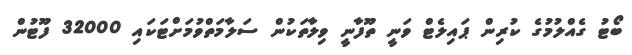
ބޯޓު ގެއްލުމުގެ ކުރިން ޕައިލެޓް ވަނީ ތޫފާނީ ވިލާތަކުން ސަލާމަތްވުމަށްޓަކައި 32000 ފޫޓުން